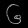
Digit: ၆